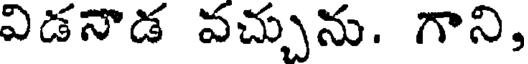
విడనాడ వచ్చును. గాని,